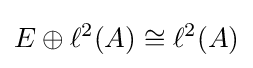
E\oplus \ell ^{2}(A)\cong \ell ^{2}(A)